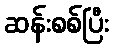
ဆန်းစစ်ပြီး